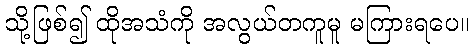
သို့ဖြစ်၍ ထိုအသံကို အလွယ်တကူမူ မကြားရပေ။